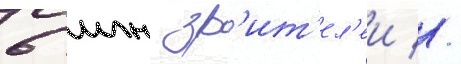
6 млн зр'ит'ел'еи //